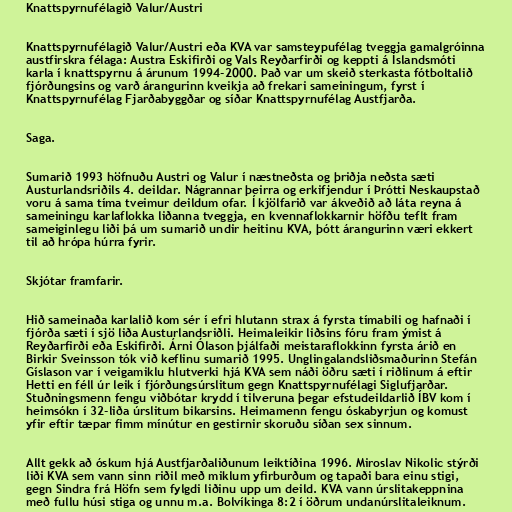
Knattspyrnufélagið Valur/Austri

Knattspyrnufélagið Valur/Austri eða KVA var samsteypufélag tveggja gamalgróinna
austfirskra félaga: Austra Eskifirði og Vals Reyðarfirði og keppti á Íslandsmóti
karla í knattspyrnu á árunum 1994-2000. Það var um skeið sterkasta fótboltalið
fjórðungsins og varð árangurinn kveikja að frekari sameiningum, fyrst í
Knattspyrnufélag Fjarðabyggðar og síðar Knattspyrnufélag Austfjarða.

Saga.

Sumarið 1993 höfnuðu Austri og Valur í næstneðsta og þriðja neðsta sæti
Austurlandsriðils 4. deildar. Nágrannar þeirra og erkifjendur í Þrótti Neskaupstað
voru á sama tíma tveimur deildum ofar. Í kjölfarið var ákveðið að láta reyna á
sameiningu karlaflokka liðanna tveggja, en kvennaflokkarnir höfðu teflt fram
sameiginlegu liði þá um sumarið undir heitinu KVA, þótt árangurinn væri ekkert
til að hrópa húrra fyrir.

Skjótar framfarir.

Hið sameinaða karlalið kom sér í efri hlutann strax á fyrsta tímabili og hafnaði í
fjórða sæti í sjö liða Austurlandsriðli. Heimaleikir liðsins fóru fram ýmist á
Reyðarfirði eða Eskifirði. Árni Ólason þjálfaði meistaraflokkinn fyrsta árið en
Birkir Sveinsson tók við keflinu sumarið 1995. Unglingalandsliðsmaðurinn Stefán
Gíslason var í veigamiklu hlutverki hjá KVA sem náði öðru sæti í riðlinum á eftir
Hetti en féll úr leik í fjórðungsúrslitum gegn Knattspyrnufélagi Siglufjarðar.
Stuðningsmenn fengu viðbótar krydd í tilveruna þegar efstudeildarlið ÍBV kom í
heimsókn í 32-liða úrslitum bikarsins. Heimamenn fengu óskabyrjun og komust
yfir eftir tæpar fimm mínútur en gestirnir skoruðu síðan sex sinnum.

Allt gekk að óskum hjá Austfjarðaliðunum leiktíðina 1996. Miroslav Nikolic stýrði
liði KVA sem vann sinn riðil með miklum yfirburðum og tapaði bara einu stigi,
gegn Sindra frá Höfn sem fylgdi liðinu upp um deild. KVA vann úrslitakeppnina
með fullu húsi stiga og unnu m.a. Bolvíkinga 8:2 í öðrum undanúrslitaleiknum.